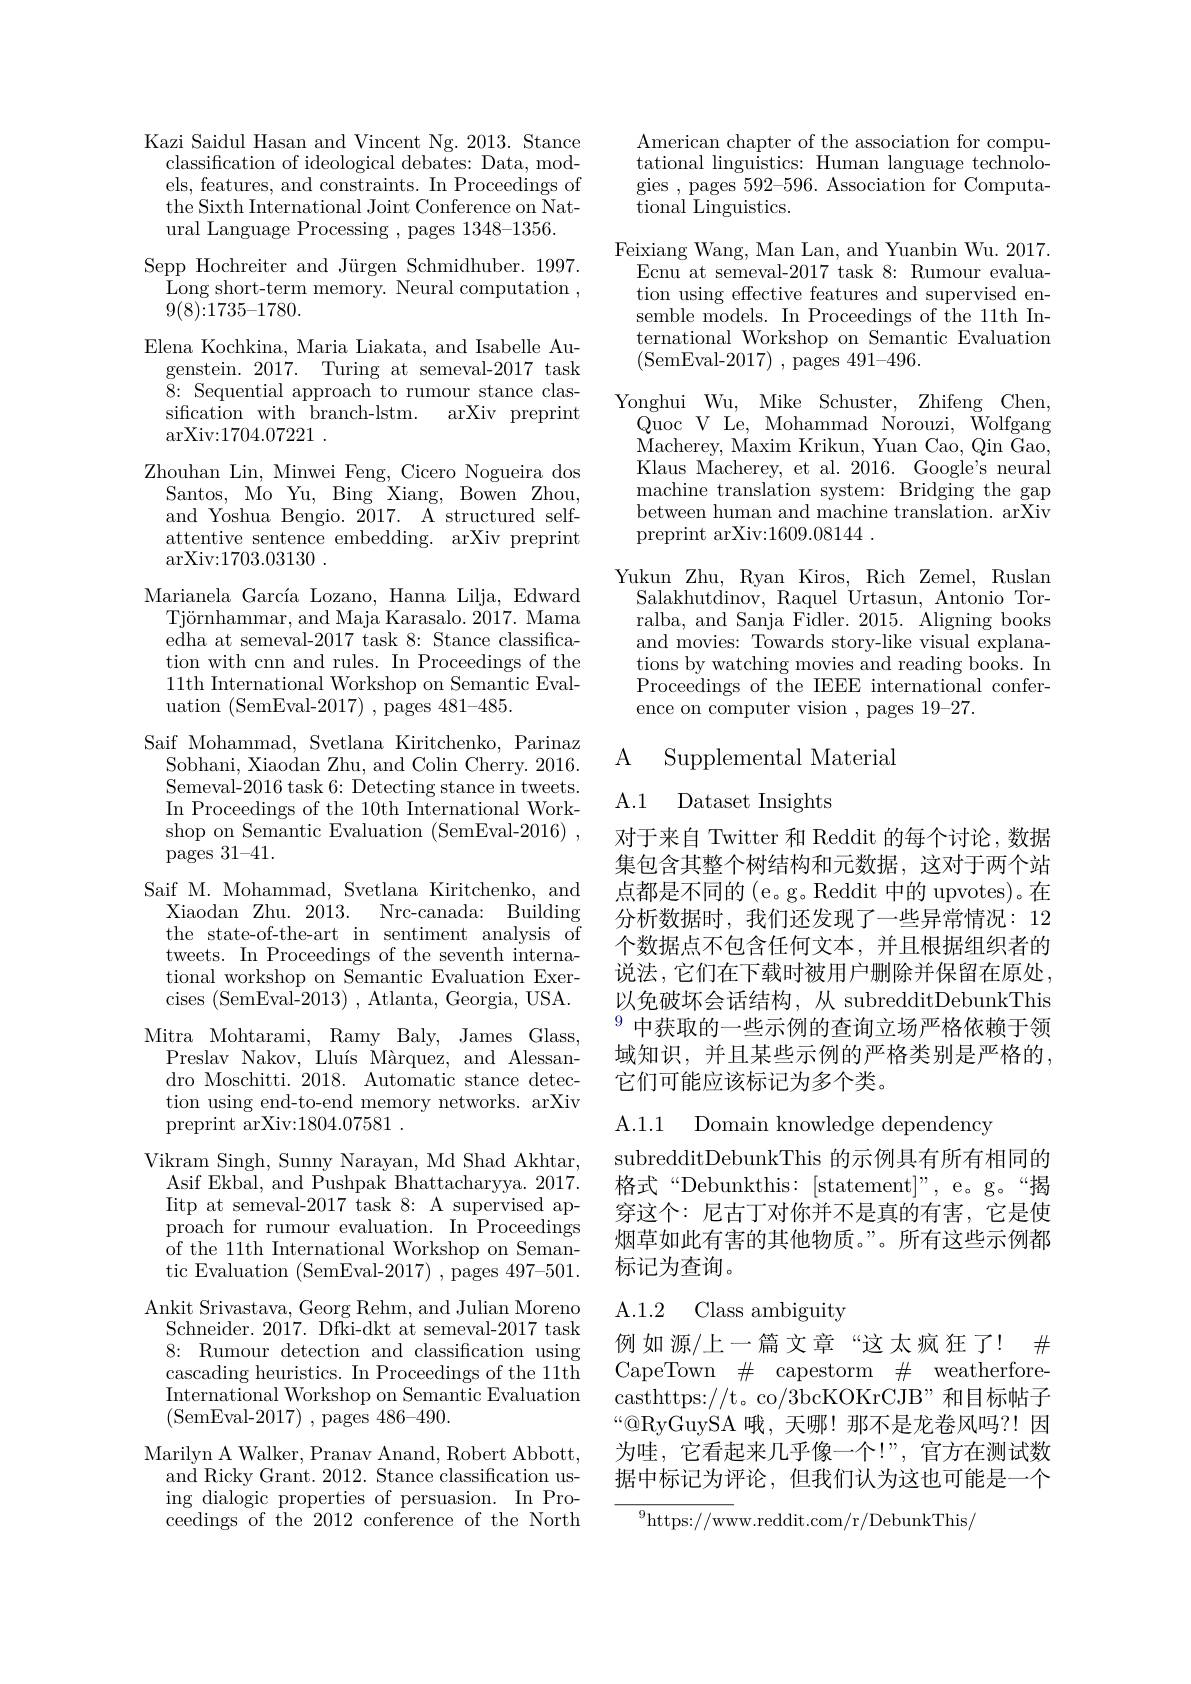
$\begin{array}{c}{\mathrm{Kazi~Saidul~Hasan~and~Vincent~Ng.~2013.~Stance}}\\{\mathrm{classification~of~ideological~debates:~Data,~mod-}}\end{array}$
els, features, and constraints. In Proceedings of the Sixth International Joint Conference on Natural Language Processing , pages 1348-1356.
Sepp Hochreiter and Jürgen Schmidhuber. 1997.
Long short-term memory. Neural computation ,
9(8){:}1735{-}1780.
Elena Kochkina, Maria Liakata, and Isabelle Au-
genstein. 2017. Turing at semeval-2017 task 8{:} Sequential approach to rumour stance classification with branch-lstm. arXiv preprint arXiv:1704.07221~.
Zhouhan Lin, Minwei Feng, Cicero Nogueira dos
Santos, Mo Yu, Bing Xiang, Bowen Zhou, and Yoshua Bengio. 2017. A structured selfattentive sentence embedding. arXiv preprint $\operatorname { arXiv: 1703. 03130}$ .
Marianela García Lozano, Hanna Lilja, Edward
Tjörnhammar, and Maja Karasalo. 2017. Mama edha at semeval-2017 task 8: Stance classification with cnn and rules. In Proceedings of the 11th International Workshop on Semantic Evaluation (SemEval-2017) , pages 481-485.
Saif Mohammad, Svetlana Kiritchenko, Parinaz
Sobhani, Xiaodan Zhu, and Colin Cherry. 2016. Semeval-2016 task 6: Detecting stance in tweets. In Proceedings of the 10th International Workshop on Semantic Evaluation (SemEval-2016) , ${\mathrm{pages~31-41.}}$
Saif M. Mohammad, Svetlana Kiritchenko, and
Xiaodan Zhu. 2013.
Nrc-canada: Building
the state-of-the-art in sentiment analysis of tweets. In Proceedings of the seventh international workshop on Semantic Evaluation Exercises (SemEval-2013) , Atlanta, Georgia, USA.
Mitra Mohtarami, Ramy Baly, James Glass,
Preslav Nakov, Lluís Màrquez, and Alessandro Moschitti. 2018. Automatic stance detection using end-to-end memory networks. arXiv preprint arXiv:1804.07581~.
Vikram Singh, Sunny Narayan, Md Shad Akhtar,
Asif Ekbal, and Pushpak Bhattacharyya. 2017. Iitp at semeval-2017 task 8: A supervised ap- ${\mathrm{proach~for~rumour~evaluation.~In~Proceedings}}$ of the 11th International Workshop on Semantic Evaluation (SemEval-2017) , pages 497-501. Ankit Srivastava, Georg Rehm, and Julian Moreno
Schneider. 2017. Dfki-dkt at semeval-2017 task 8: Rumour detection and classification using cascading heuristics. In Proceedings of the 11th International Workshop on Semantic Evaluation (SemEval-2017) , pages 486-490.
Marilyn A Walker, Pranav Anand, Robert Abbott,
and Ricky Grant. 2012. Stance classification using dialogic properties of persuasion. In Proceedings of the 2012 conference of the North

American chapter of the association for computational linguistics: Human language technologies ,pages 592-596. Association for Computational Linguistics.
Feixiang Wang, Man Lan, and Yuanbin Wu. 2017.
Ecnu at semeval-2017 task 8: Rumour evaluation using effective features and supervised ensemble models. In Proceedings of the 11th International Workshop on Semantic Evaluation (SemEval-2017) , pages 491-496.
Yonghui Wu, Mike Schuster, Zhifeng Chen, Quoc V Le, Mohammad Norouzi, Wolfgang Macherey, Maxim Krikun, Yuan Cao, Qin Gao, Klaus Macherey, et al. 2016. Google's neural $\operatorname*{machine}_{\mathrm{translation~system:~Bridging~the~gap}}$ between human and machine translation. arXiv preprint arXiv:1609.08144.
Yukun Zhu, Ryan Kiros, Rich Zemel, Ruslan Salakhutdinov, Raquel Urtasun, Antonio Torralba, and Sanja Fidler. 2015. Aligning books and movies: Towards story-like visual explanations by watching movies and reading books. In Proceedings of the IEEE international conference on computer vision , pages 19-27.

A Supplemental Material
## A.1 Dataset Insights

对于来自 Twitter 和 Reddit 的每个讨论，数据集包含其整个树结构和元数据，这对于两个站点都是不同的( $e。g$。Reddit 中的 upvotes)。在分析数据时，我们还发现了一些异常情况：12个数据点不包含任何文本，并且根据组织者的说法，它们在下载时被用户删除并保留在原处， 以免破坏会话结构，从 subredditDebunkThis $^{9}$中获取的一些示例的查询立场严格依赖于领域知识，并且某些示例的严格类别是严格的， 它们可能应该标记为多个类。

$A. 1. 1$ Domainknowledgedependency

subredditDebunkThis 的示例具有所有相同的格式“Debunkthis:[statement]”, e。g。“揭穿这个：尼古丁对你并不是真的有害，它是使烟草如此有害的其他物质。”。所有这些示例都标记为查询。

## $A. 1. 2$ Classambiguity

例如源/上一篇文章“这太疯狂了！$\#$ CapeTown$\#$capestorm$\#$weatherfore casthttps://t。co/3bcKOKrCJB" 和目标帖子“@RyGuySA 哦，天哪！那不是龙卷风吗？!因为哇，它看起来几乎像一个！”,官方在测试数据中标记为评论，但我们认为这也可能是一个

${^{9}\mathrm{https://www.reddit.com/r/DebunkThis/}}$